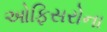
ઓફિસરોના